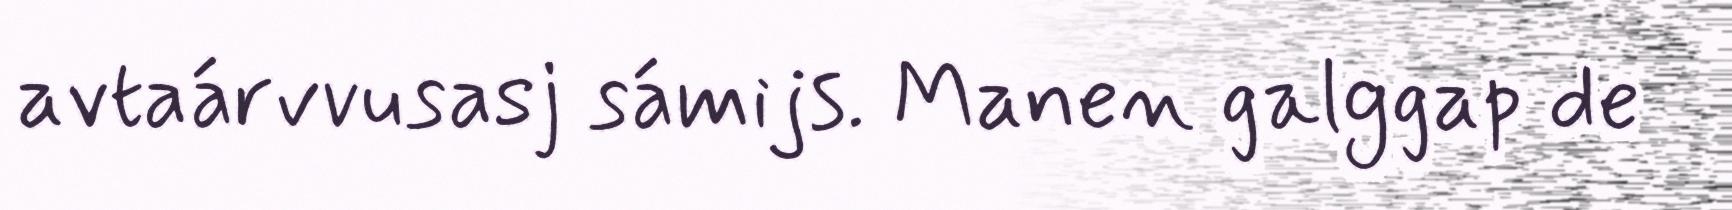
avtaárvvusasj sámijs. Manen galggap de